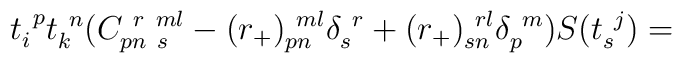
t_{i}^{~p}t_{k}^{~n}(C_{pn~s}^{~r~ml}-(r_{+})_{pn}^{~ml}\delta _{s}^{~r}+(r_{+})_{sn}^{~rl}\delta _{p}^{~m})S(t_{s}^{~j})=